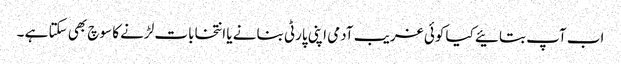
اب آپ بتائیے کیا کوئی غریب آدمی اپنی پارٹی بنانے یا انتخابات لڑنے کا سوچ بھی سکتا ہے ۔